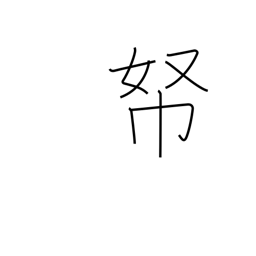
Meaning: money repository